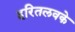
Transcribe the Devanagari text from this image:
हरितलवके